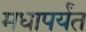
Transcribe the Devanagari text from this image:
मधापर्यंत